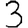
Digit: 3